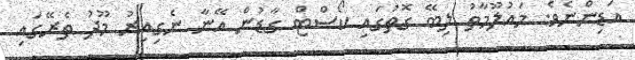
އަޑިންނެވެ. މައުލޫމާތު ލިބޭ ގޮތުގައި ކޯސްޓް ގާޑުން އޭނާ ނެގިއިރު މޫދު ތެރޭގައި